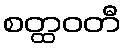
စတ္ထဝတီ